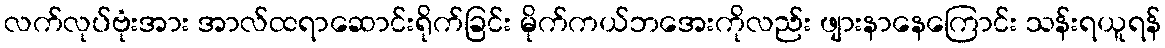
လက်လုပ်ဗုံးအား အာလ်ထရာဆောင်းရိုက်ခြင်း မိုက်ကယ်ဘအေးကိုလည်း ဖျားနာနေကြောင်း သန်းရယူရန်